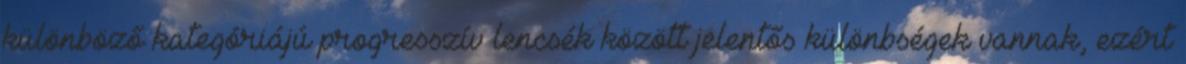
különböző kategóriájú progresszív lencsék között jelentős különbségek vannak, ezért